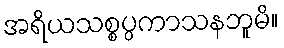
အရိယသစ္စပ္ပကာသနဘူမိ။